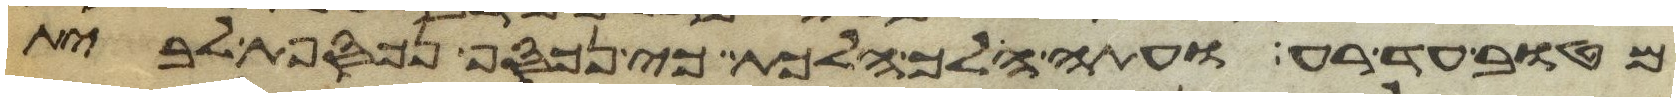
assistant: מטוב עד רע ועתה הלך הלכת כי נכסף נכספת לבית